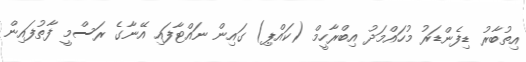
އިތުބާރު ޑިފެންޑަރު މުހައްމަދު އިބްރާހީމް (ކައްޕި) ގައިން ނައްޓާފައި އޭނާގެ ރަސްމީ ފާތުފައިން